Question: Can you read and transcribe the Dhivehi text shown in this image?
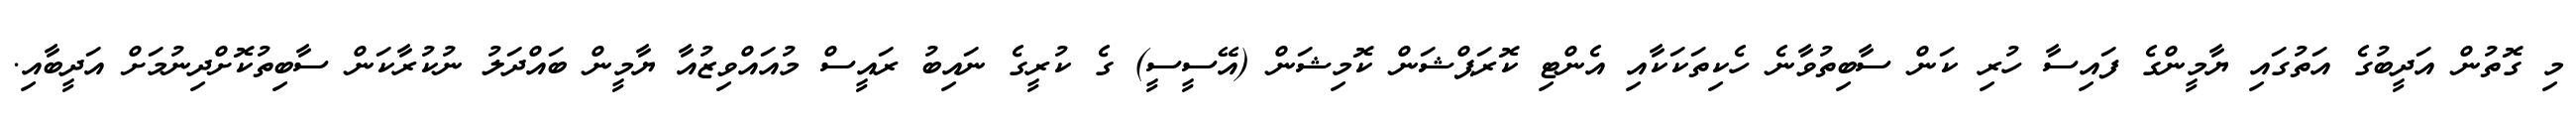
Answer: މި ގޮތުން އަދީބުގެ އަތުގައި ޔާމީންގެ ފައިސާ ހުރި ކަން ސާބިތުވާނެ ހެކިތަކަކާއި އެންޓި ކޮރަޕްޝަން ކޮމިޝަން (އޭސީސީ) ގެ ކުރީގެ ނައިބު ރައީސް މުއައްވިޒުއާ ޔާމީން ބައްދަލު ނުކުރާކަން ސާބިތުކޮށްދިނުމަށް އަދީބާއި.